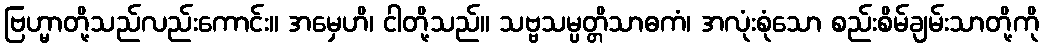
ဗြဟ္မာတို့သည်လည်းကောင်း။ အမှေဟိ၊ ငါတို့သည်။ သဗ္ဗသမ္ပတ္တိသာဓကံ၊ အလုံးစုံသော စည်းစိမ်ချမ်းသာတို့ကို